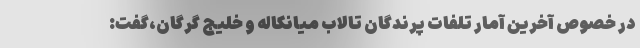
در خصوص آخرین آمار تلفات پرندگان تالاب میانکاله و خلیج گرگان،گفت: